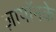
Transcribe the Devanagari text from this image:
ज़ायॉनके